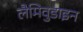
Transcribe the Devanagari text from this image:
लैमिवुडाइन